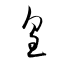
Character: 皇